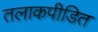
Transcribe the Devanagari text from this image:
तलाकपीडित